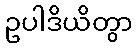
ဥပါဒိယိတွာ